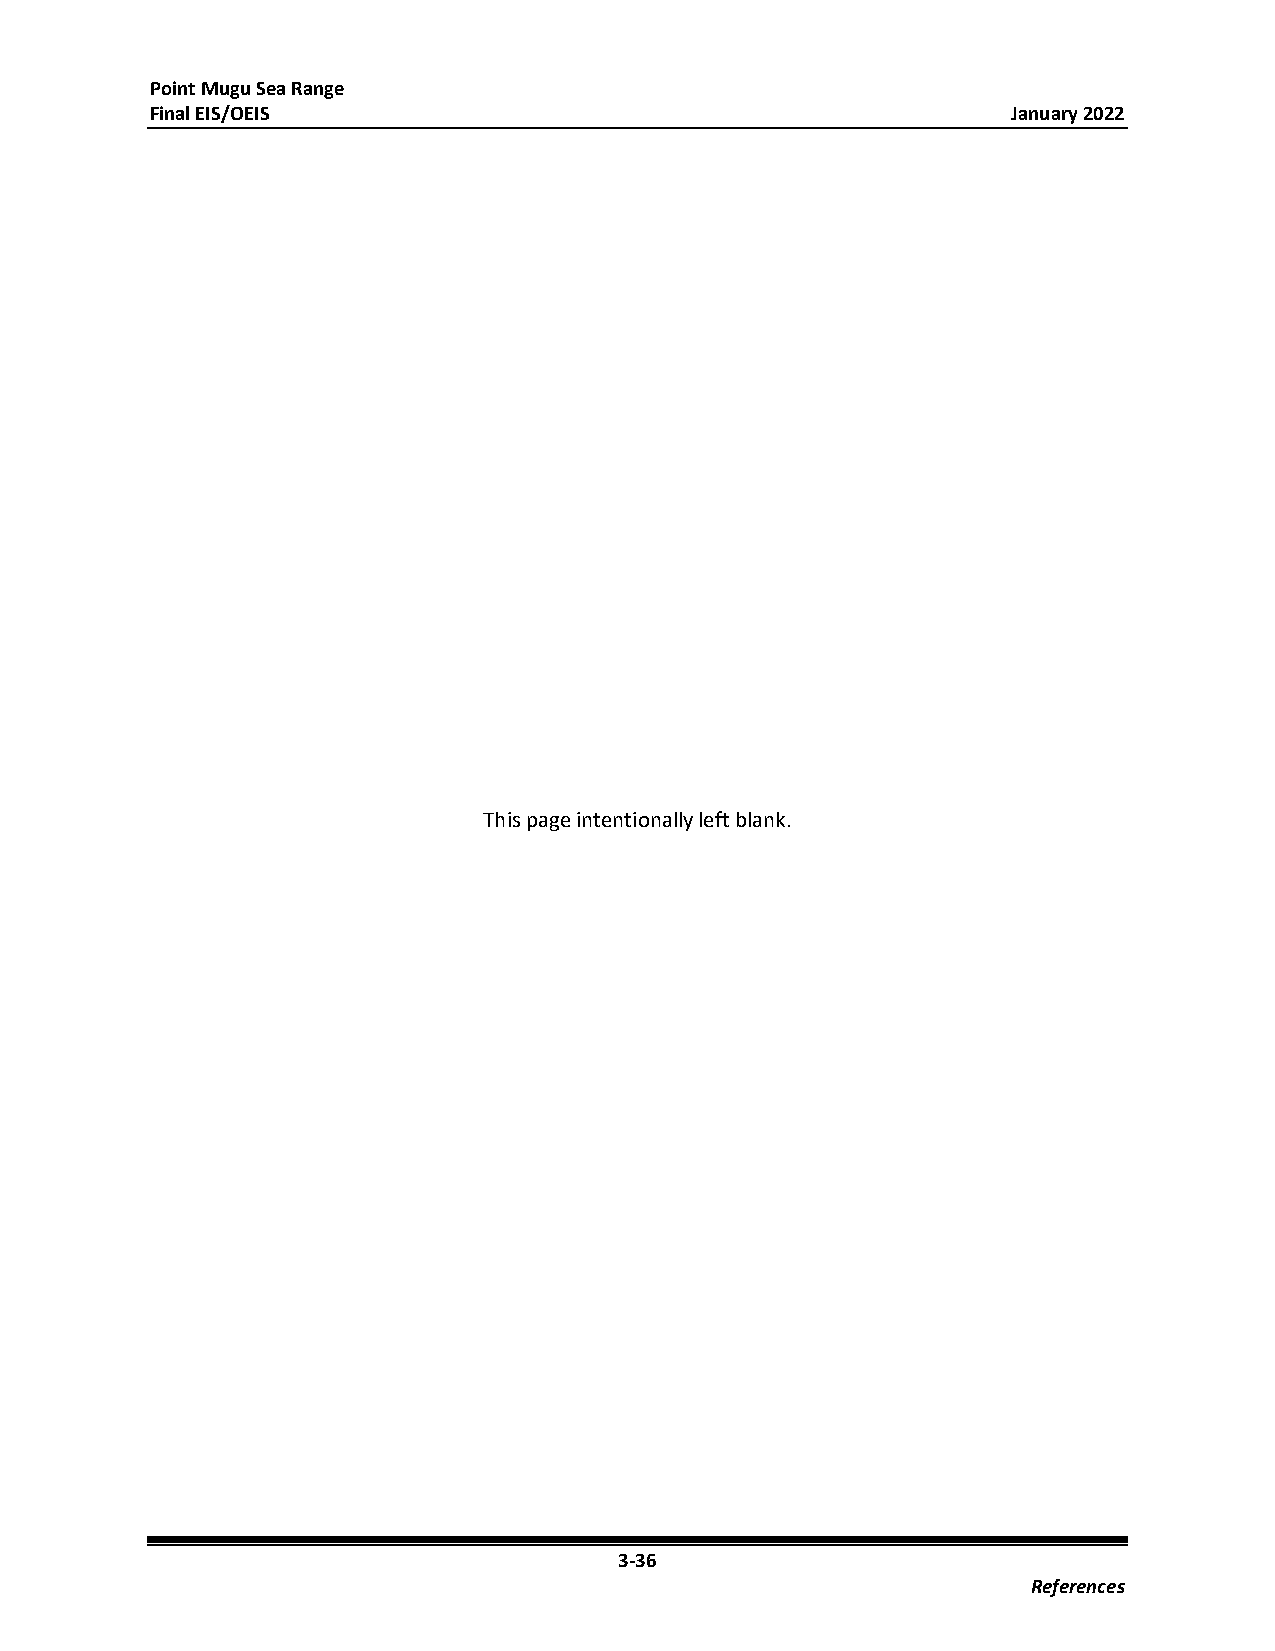
Point Mugu Sea Range
 Final EIS/OEIS                                           January 2022
 This page intentionally left blank.
 3-36
 References